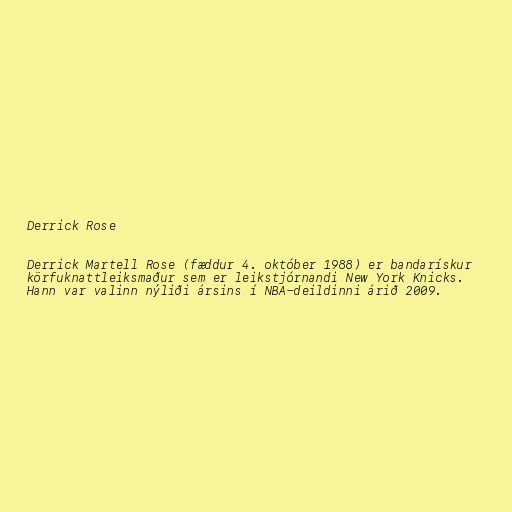
Derrick Rose

Derrick Martell Rose (fæddur 4. október 1988) er bandarískur
körfuknattleiksmaður sem er leikstjórnandi New York Knicks.
Hann var valinn nýliði ársins í NBA-deildinni árið 2009.